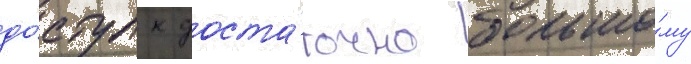
до́ступ к доста́точно большо́му